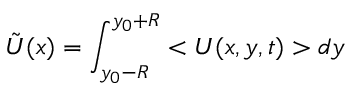
\tilde { U } ( x ) = \int _ { y _ { 0 } - R } ^ { y _ { 0 } + R } < U ( x , y , t ) > d y